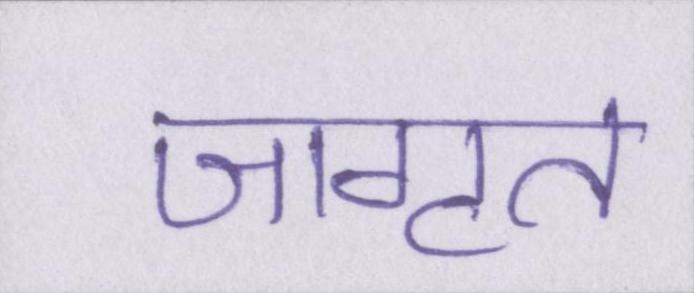
जागृत